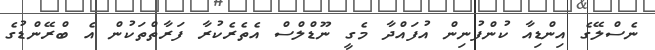
ނެސްލޭގެ އިންޑިއާ ކުންފުނިން އުފައްދާ މެގީ ނޫޑްލްސް އެތެރެކުރާ ފަރާތްތަކުން އެ ބްރޭންޑުގެ